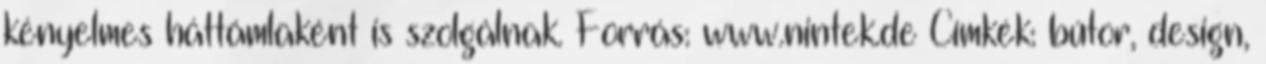
kényelmes háttámlaként is szolgálnak. Forrás: www.nintek.de Címkék: bútor, design,